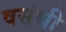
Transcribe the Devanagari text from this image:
वसंथी